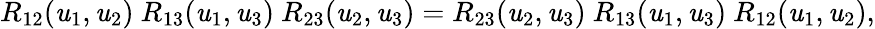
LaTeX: R_{12}(\mathit{u}_{1},\mathit{u}_{2})\ R_{13}(\mathit{u}_{1},\mathit{u}_{3})\ R_{23}(\mathit{u}_{2},\mathit{u}_{3})=R_{23}(\mathit{u}_{2},\mathit{u}_{3})\ R_{13}(\mathit{u}_{1},\mathit{u}_{3})\ R_{12}(\mathit{u}_{1},\mathit{u}_{2}),